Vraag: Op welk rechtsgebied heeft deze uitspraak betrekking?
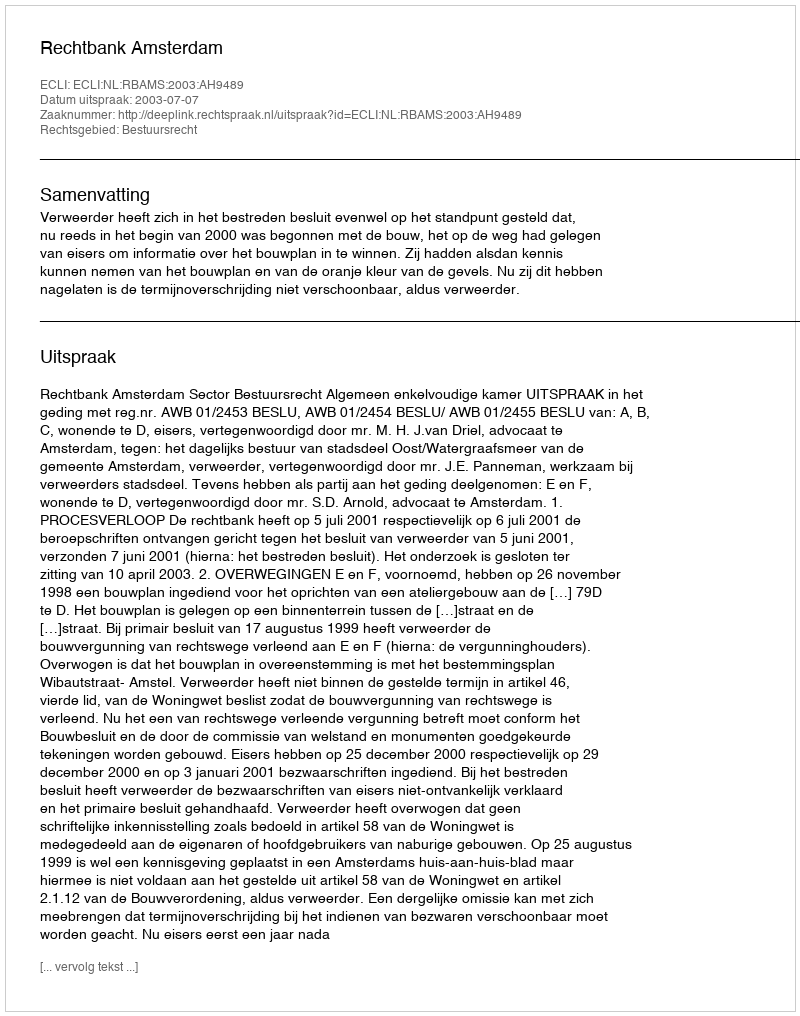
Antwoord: Bestuursrecht